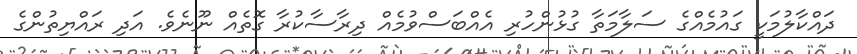
ދައްކާލުމަކީ ގައުމެއްގެ ސަލާމަތާ ގުޅުންހުރި އެއްބަސްވުމެއް ދިރާސާކުރާ ގޮތެއް ނޫނެވެ. އަދި ރައްޔިތުންގެ